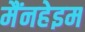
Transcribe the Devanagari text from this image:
मैंनहेइम